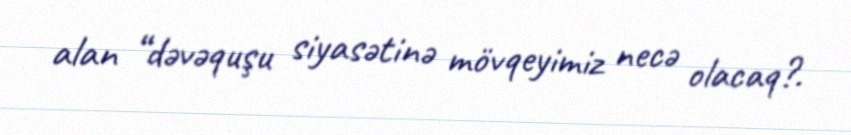
alan “dəvəquşu siyasətinə mövqeyimiz necə olacaq?.